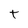
Character: T